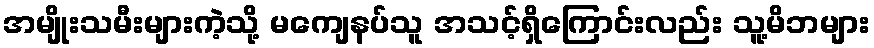
အမျိုးသမီးများကဲ့သို့ မကျေနပ်သူ အသင့်ရှိကြောင်းလည်း သူ့မိဘများ